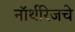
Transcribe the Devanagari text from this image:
नॉर्थरिजचे